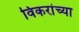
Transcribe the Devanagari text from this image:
विकरांच्या